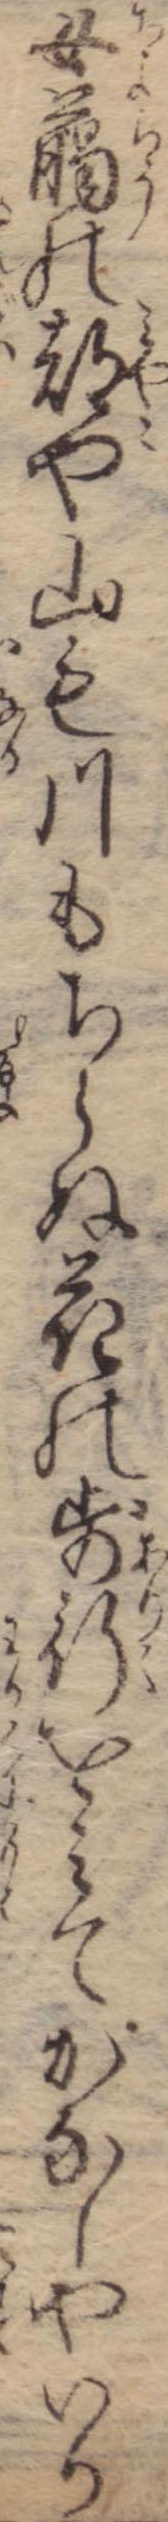
女臘の都や山も川もちらぬ花の歩行をみてかなしやいか